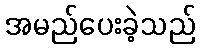
အမည်ပေးခဲ့သည်